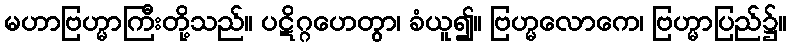
မဟာဗြဟ္မာကြီးတို့သည်။ ပဋိဂ္ဂဟေတွာ၊ ခံယူ၍။ ဗြဟ္မလောကေ၊ ဗြဟ္မာပြည်၌။